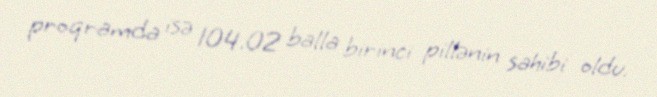
proqramda isə 104.02 balla birinci pillənin sahibi oldu.